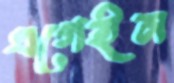
এগেইন